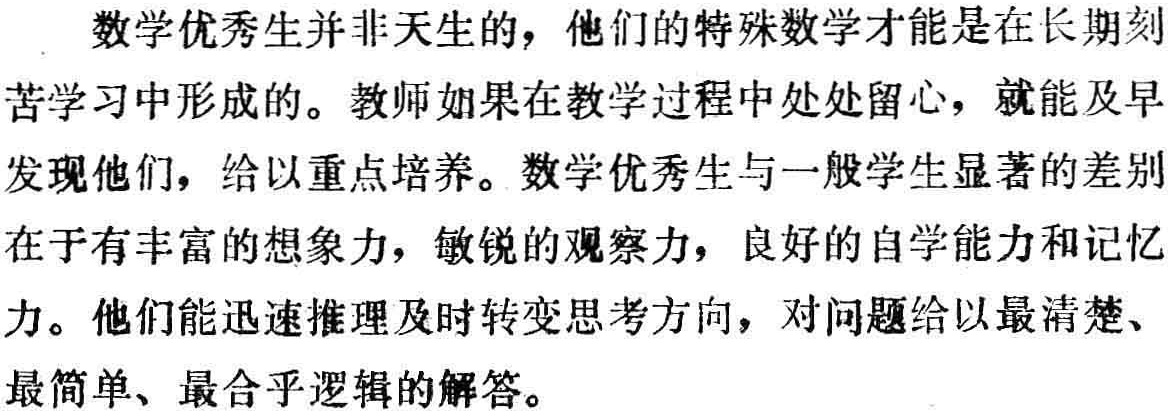
数学优秀生并非天生的，他们的特殊数学才能是在长期刻苦学习中形成的。教师如果在教学过程中处处留心，就能及早发现他们，给以重点培养。数学优秀生与一般学生显著的差别在于有丰富的想象力，敏锐的观察力，良好的自学能力和记忆力。他们能迅速推理及时转变思考方向，对问题给以最清楚、最简单、最合乎逻辑的解答。